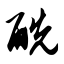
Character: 酰